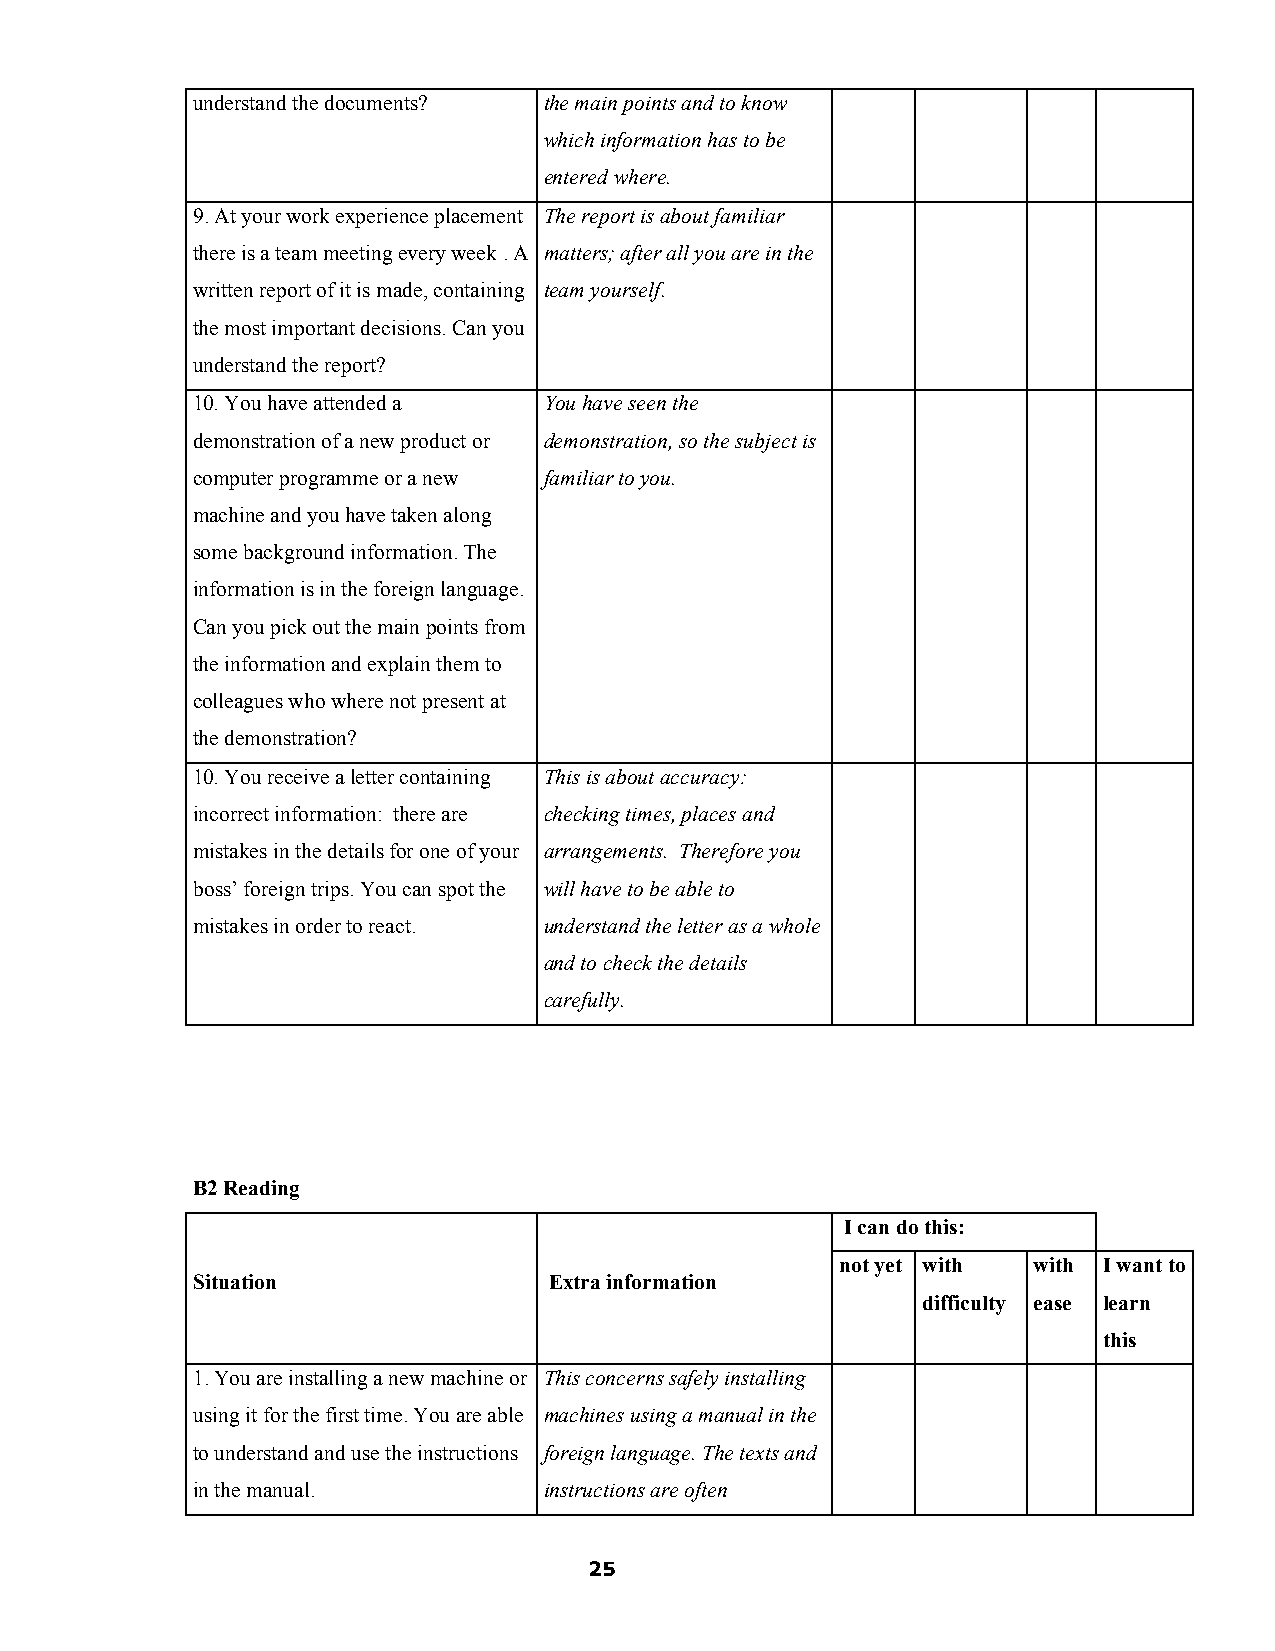
understand the documents? the main points and to know
 which information has to be
 entered where.
 9. At your work experience placement The report is about familiar
 there is a team meeting every week . A matters; after all you are in the
 written report of it is made, containing team yourself.
 the most important decisions. Can you
 understand the report?
 10. You have attended a You have seen the
 demonstration of a new product or demonstration, so the subject is
 computer programme or a new familiar to you.
 machine and you have taken along
 some background information. The
 information is in the foreign language.
 Can you pick out the main points from
 the information and explain them to
 colleagues who where not present at
 the demonstration?
 10. You receive a letter containing This is about accuracy:
 incorrect information: there are checking times, places and
 mistakes in the details for one of your arrangements. Therefore you
 boss’ foreign trips. You can spot the will have to be able to
 mistakes in order to react. understand the letter as a whole
 and to check the details
 carefully.
 B2 Reading
 I can do this:
 not yet with with I want to
 Situation              Extra information
 difficulty ease learn
 this
 1. You are installing a new machine or This concerns safely installing
 using it for the first time. You are able machines using a manual in the
 to understand and use the instructions foreign language. The texts and
 in the manual.         instructions are often
 25